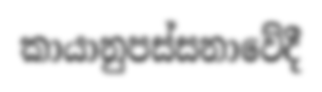
කායානුපස්සනාවේදී